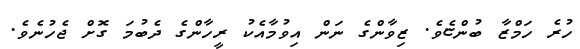
ހުރެ ހަމްޒާ ބުންޏެވެ. ޒިވާންގެ ނަން އިވުމާއެކު ރީހާންގެ ދެބުމަ ގޮށް ޖެހުނެވެ.